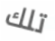
تلك